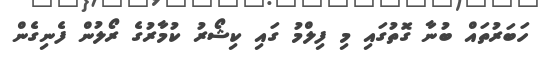
ހަބަރުތައް ބުނާ ގޮތުގައި މި ފިލްމު ގައި ކިޝޯރު ކުމާރުގެ ރޯލުން ފެނިގެން